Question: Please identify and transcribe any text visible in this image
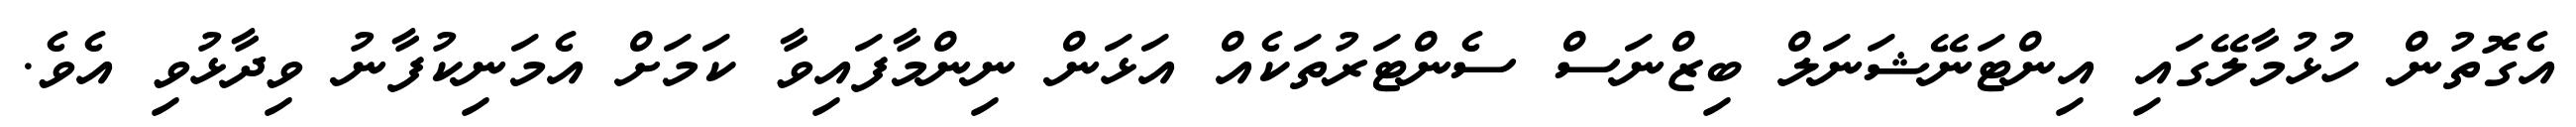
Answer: އެގޮތުން ހުޅުމާލޭގައި އިންޓަނޭޝަނަލް ބިޒްނަސް ސެންޓަރުތަކެއް އަޅަން ނިންމާފައިވާ ކަމަށް އެމަނިކުފާނު ވިދާޅުވި އެވެ.